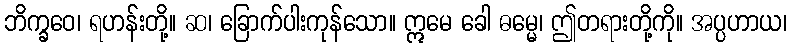
ဘိက္ခဝေ၊ ရဟန်းတို့။ ဆ၊ ခြောက်ပါးကုန်သော။ ဣမေ ခေါ ဓမ္မေ၊ ဤတရားတို့ကို။ အပ္ပဟာယ၊